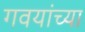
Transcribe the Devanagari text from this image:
गवयांच्या